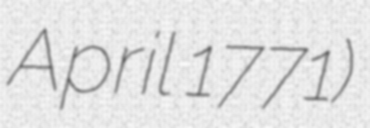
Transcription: April 1771)